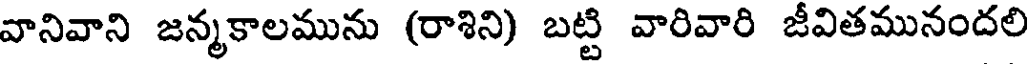
వానివాని జన్మకాలమును (రాశిని) బట్టి వారివారి జీవితమునందలి